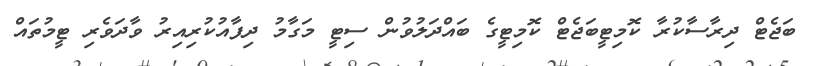
ބަޖެޓް ދިރާސާކުރާ ކޮމިޓީބަޖެޓް ކޮމިޓީގެ ބައްދަލުވުން ސިޓީ މަގާމު ދިފާއުކުރިއިރު ވާދަވެރި ޓީމުތައް